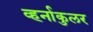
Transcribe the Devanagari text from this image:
व्हर्नाकुलर